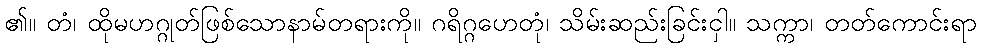
၏။ တံ၊ ထိုမဟဂ္ဂုတ်ဖြစ်သောနာမ်တရားကို။ ဂရိဂ္ဂဟေတုံ၊ သိမ်းဆည်းခြင်းငှါ။ သက္ကာ၊ တတ်ကောင်းရာ